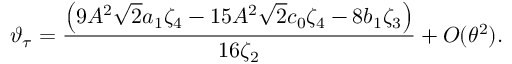
\vartheta _ { \tau } = \frac { \left( 9 A ^ { 2 } \sqrt { 2 } a _ { 1 } \zeta _ { 4 } - 1 5 A ^ { 2 } \sqrt { 2 } c _ { 0 } \zeta _ { 4 } - 8 b _ { 1 } \zeta _ { 3 } \right) } { 1 6 \zeta _ { 2 } } + O ( \theta ^ { 2 } ) .